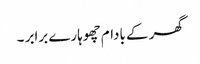
گھر کے بادام چھوہارے برابر ۔